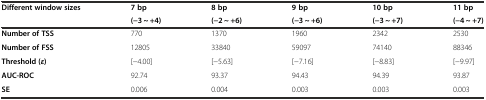
<table><thead><tr><td rowspan="2"><b>Different window sizes</b></td><td><b>7 bp</b></td><td><b>8 bp</b></td><td><b>9 bp</b></td><td><b>10 bp</b></td><td><b>11 bp</b></td></tr><tr><td><b>(−3 ~ +4)</b></td><td><b>(−2 ~ +6)</b></td><td><b>(−3 ~ +6)</b></td><td><b>(−3 ~ +7)</b></td><td><b>(−4 ~ +7)</b></td></tr></thead><tbody><tr><td><b>Number of TSS</b></td><td>770</td><td>1370</td><td>1960</td><td>2342</td><td>2530</td></tr><tr><td><b>Number of FSS</b></td><td>12805</td><td>33840</td><td>59097</td><td>74140</td><td>88346</td></tr><tr><td><b>Threshold (</b><b><i>ε</i></b><b>)</b></td><td>[−4.00]</td><td>[−5.63]</td><td>[−7.16]</td><td>[−8.83]</td><td>[−9.97]</td></tr><tr><td><b>AUC-ROC</b></td><td>92.74</td><td>93.37</td><td>94.43</td><td>94.39</td><td>93.87</td></tr><tr><td><b>SE</b></td><td>0.006</td><td>0.004</td><td>0.003</td><td>0.003</td><td>0.003</td></tr></tbody></table>